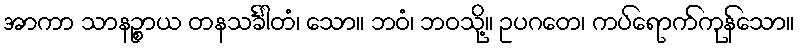
အာကာ သာနဉ္စာယ တနသင်္ခါတံ၊ သော။ ဘဝံ၊ ဘဝသို့။ ဥပဂတေ၊ ကပ်ရောက်ကုန်သော။